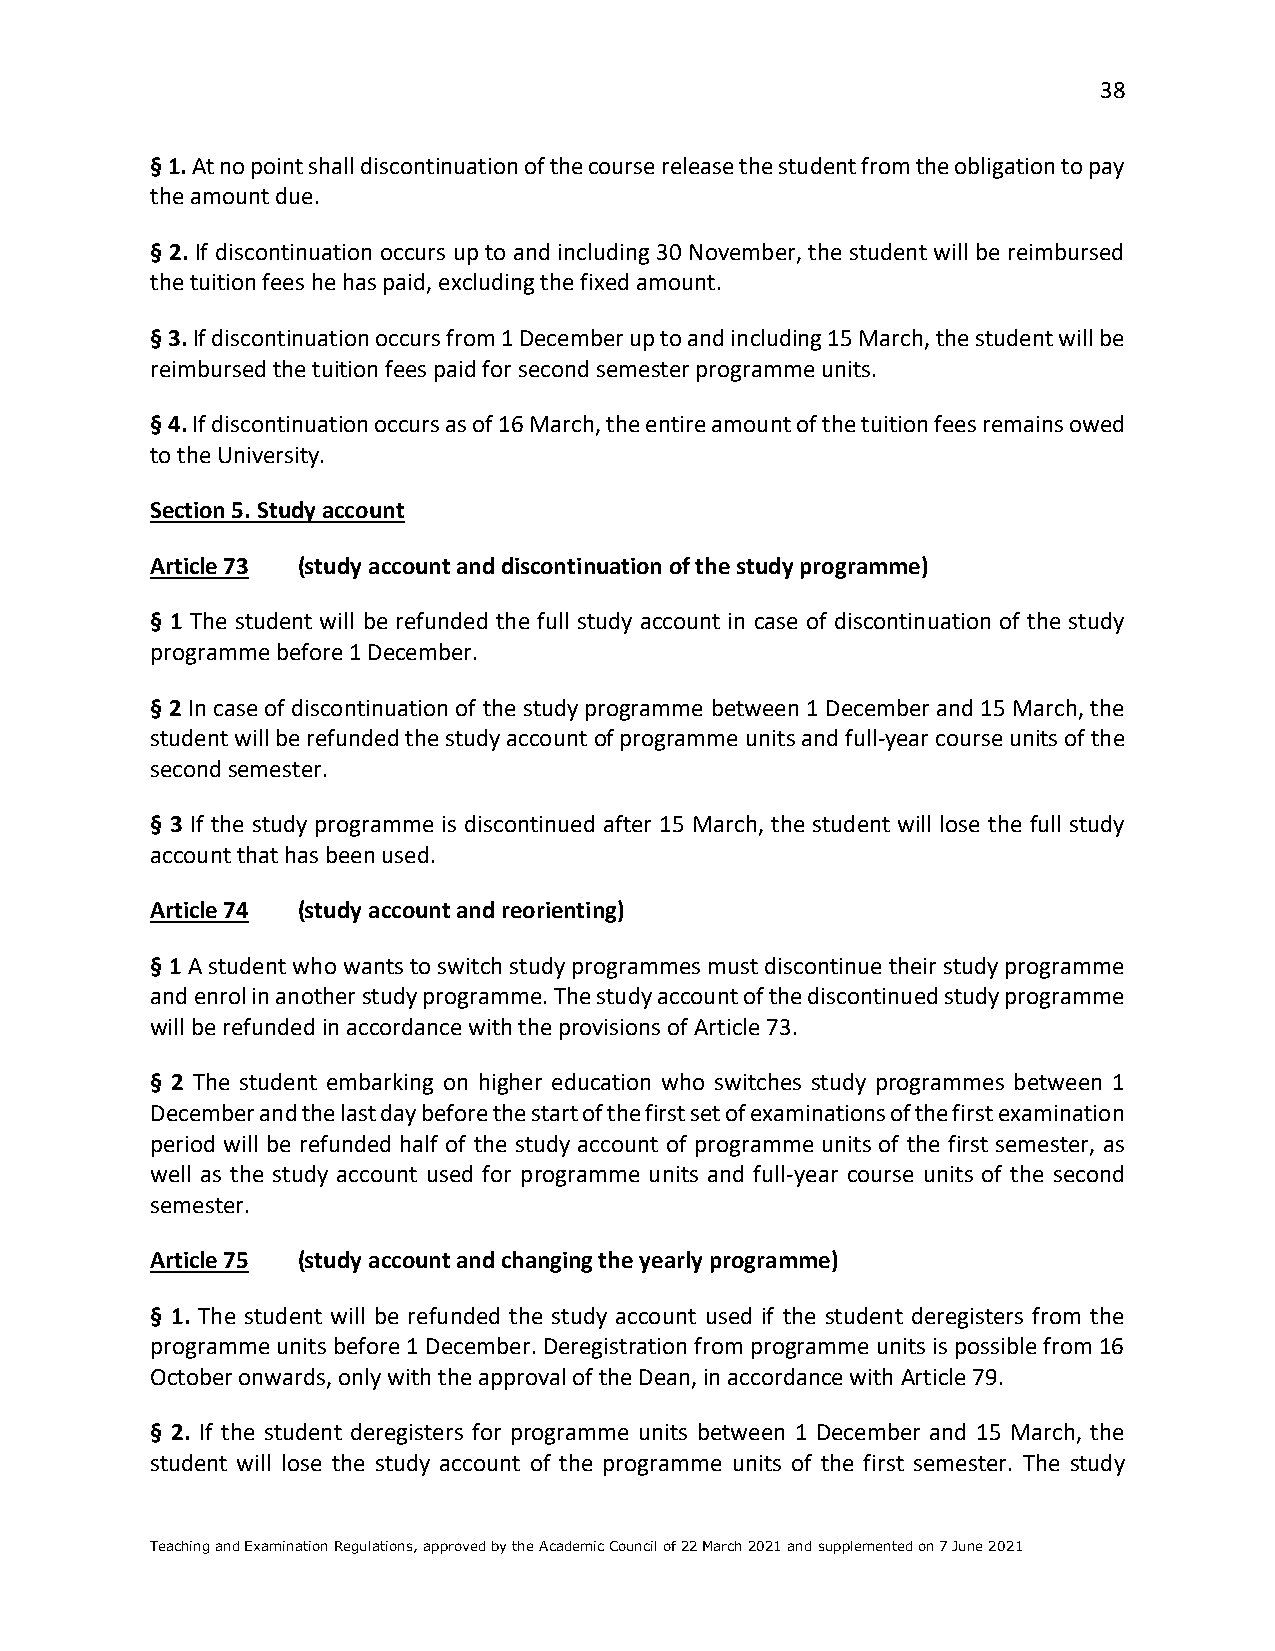
38
 § 1. At no point shall discontinuation of the course release the student from the obligation to pay
 the amount due.
 § 2. If discontinuation occurs up to and including 30 November, the student will be reimbursed
 the tuition fees he has paid, excluding the fixed amount.
 § 3. If discontinuation occurs from 1 December up to and including 15 March, the student will be
 reimbursed the tuition fees paid for second semester programme units.
 § 4. If discontinuation occurs as of 16 March, the entire amount of the tuition fees remains owed
 to the University.
 Section 5. Study account
 Article 73 (study account and discontinuation of the study programme)
 § 1 The student will be refunded the full study account in case of discontinuation of the study
 programme before 1 December.
 § 2 In case of discontinuation of the study programme between 1 December and 15 March, the
 student will be refunded the study account of programme units and full-year course units of the
 second semester.
 § 3 If the study programme is discontinued after 15 March, the student will lose the full study
 account that has been used.
 Article 74 (study account and reorienting)
 § 1 A student who wants to switch study programmes must discontinue their study programme
 and enrol in another study programme. The study account of the discontinued study programme
 will be refunded in accordance with the provisions of Article 73.
 § 2 The student embarking on higher education who switches study programmes between 1
 December and the last day before the start of the first set of examinations of the first examination
 period will be refunded half of the study account of programme units of the first semester, as
 well as the study account used for programme units and full-year course units of the second
 semester.
 Article 75 (study account and changing the yearly programme)
 § 1. The student will be refunded the study account used if the student deregisters from the
 programme units before 1 December. Deregistration from programme units is possible from 16
 October onwards, only with the approval of the Dean, in accordance with Article 79.
 § 2. If the student deregisters for programme units between 1 December and 15 March, the
 student will lose the study account of the programme units of the first semester. The study
 Teaching and Examination Regulations, approved by the Academic Council of 22 March 2021 and supplemented on 7 June 2021